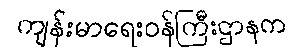
ကျန်းမာရေးဝန်ကြီးဌာနက